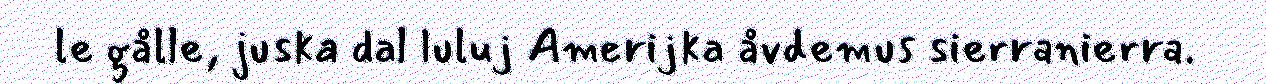
le gålle, juska dal luluj Amerijka åvdemus sierranierra.